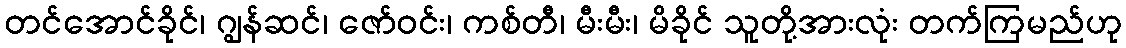
တင်အောင်ခိုင်၊ ဂျွန်ဆင်၊ ဇော်ဝင်း၊ ကစ်တီ၊ မီးမီး၊ မိခိုင် သူတို့အားလုံး တက်ကြမည်ဟု